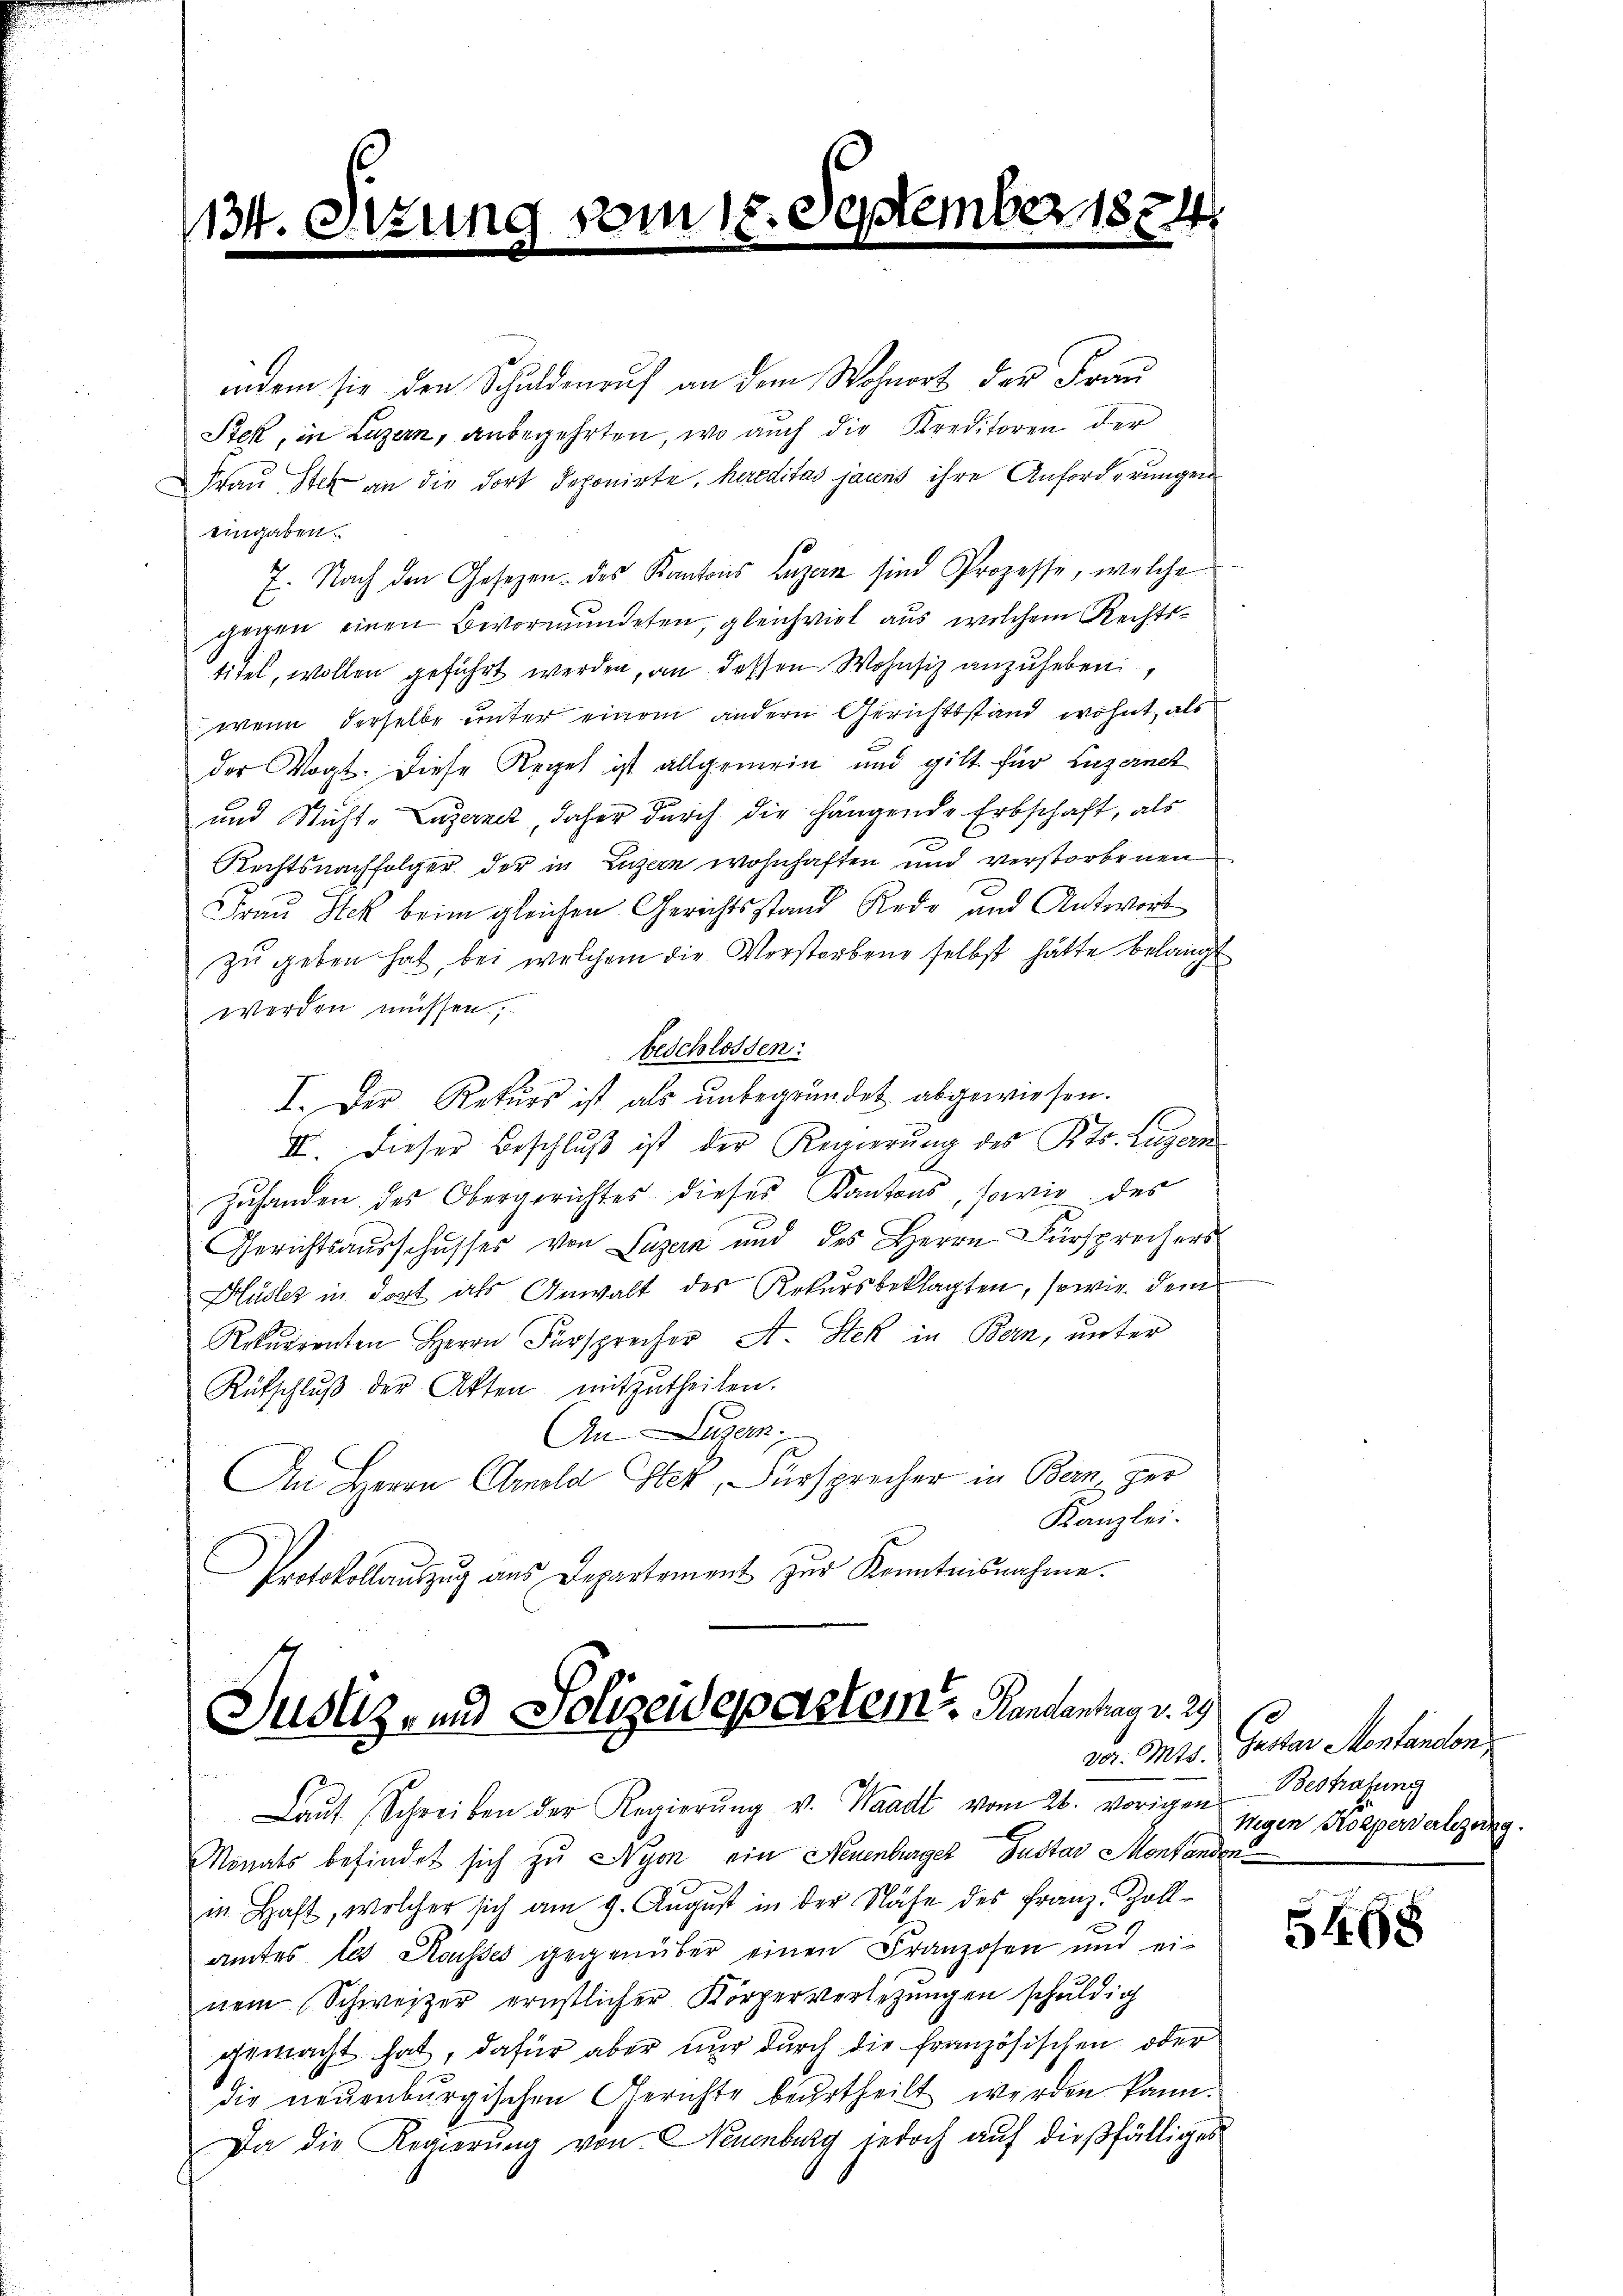
134. Si

zung vom 18. September 1854

indem sie den Schuldenruf an dem Wohnort der Frau
Stek, in Luzern, anbegehrten, wo auch die Kreditoren der
Frau Ster an die dort deponirte, hereditas jaunt ihre Anforderungen
eingaben.
7. Nach den Gesetzen des Kantons Luzern sind Prozesse, welche
gegen einen Bevormundeten, gleichviel aus welchem Rechtstitel, wollen geführt werden, an dessen Wohnsitz anzuheben
wenn derselbe unter einem andern Gerichtsstand wohnt, als
der Vogt. Diese Regel ist allgemein und gilt für Luzernet
und Nicht-Lazarnct, daher durch die hängende Erbschaft, als
Rechtsnachfolger der in Luzern wohnhaften und verstorbenen
Frau Stek beim gleichen Gerichtsstand Rede und Antwort
zŭ geben hat, bei welchem die Verstorbene selbst hätte belangt
werden müssen.
beschlossen:
I. Der Rekurs ist als unbegründet abgewiesen.
II. Dieser Beschlŭβ ist der Regierung des Kts. Luzern
Zuhanden des Obergerichtes dieses Kantons, sowie des
Gerichtsausschusses von Luzern und des Herrn Fürsprechers
Hüsler in dort als Anwalt des Rekursbeklagten, sowie dem
Rekurrenten Herrn Fürsprecher A. Stek in Bern, unter
Rütschluß der Akten mitzutheilen.
An Luzern
An Herrn Arnold Ster, Fürsprecher in Bern, ger
Kanzlei.
Protokollauszug aus Departement zur Kenntnisnahme.

Justiz- und Polizeidepartem Handentrag v. 29.
Laŭt Schreiben der Regierŭng v. Waadt vom 26. vorigen Bestratung

Monats befindet sich zu Nyon, ein Neuenburger Justav Montandenin Haft, welcher sich am 9. Aŭgŭst in der Nähe des Franz. Zoll-
amtes les Hausses gegenüber einen Franzosen und einem Schweizer ernstlicher Körperverletzungen schuldig
gemacht hat, dafür aber nur durch die französischen oder
die neuenburgischen Gerichte beurtheilt werden kann.
Da die Regierung von Neuenburg jedoch auf dießfälliges

vor. Mts. Gester Montanden,
Wegen Körperverlegung.

5468